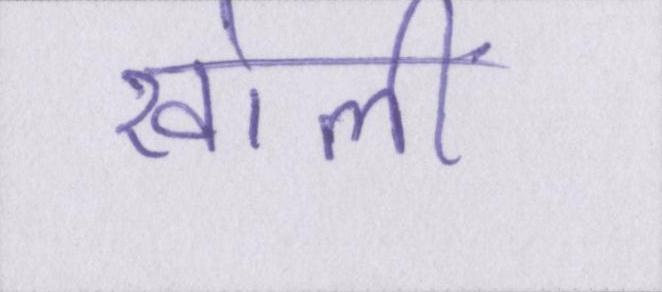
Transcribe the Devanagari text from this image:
खोलीं